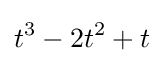
t^{3}-2t^{2}+t